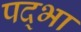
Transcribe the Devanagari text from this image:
पद्भा